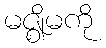
မဇ္ဈိမကို